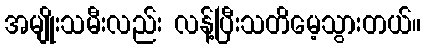
အမျိုးသမီးလည်း လန့်ပြီးသတိမေ့သွားတယ်။